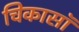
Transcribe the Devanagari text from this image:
चिकासॉ